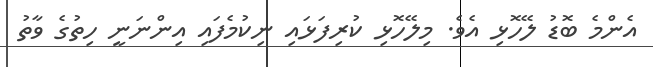
އެންމެ ބޮޑު ލޭހޮޅި އެވެ. މިލޭހޮޅި ކުރިފަޅައި ނިކުމެފައި އިންނަނީ ހިތުގެ ވާތު